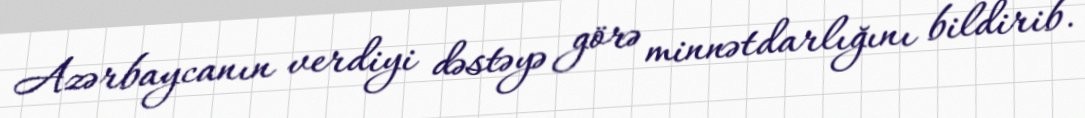
Azərbaycanın verdiyi dəstəyə görə minnətdarlığını bildirib.